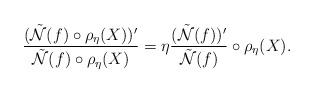
LaTeX: \begin{align*} \dfrac{(\Tilde{\mathcal{N}}(f) \circ \rho_{\eta}(X))'}{\Tilde{\mathcal{N}}(f) \circ \rho_{\eta}(X)} = \eta \dfrac{(\Tilde{\mathcal{N}}(f))'}{\Tilde{\mathcal{N}}(f)} \circ \rho_{\eta} (X).\end{align*}